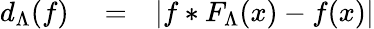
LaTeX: \begin{array}{rlr}{d_{\Lambda}(f)}&{{}=}&{\left|f*F_{\Lambda}(x)-f(x)\right|}\end{array}